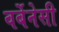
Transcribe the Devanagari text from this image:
वर्बेनेसी